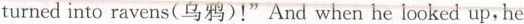
turned into ravens(乌鸦)!"And when he looked up, he